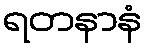
ရတနာနံ